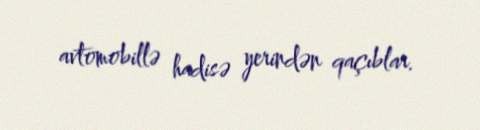
avtomobillə hadisə yerindən qaçıblar.